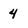
Character: 4